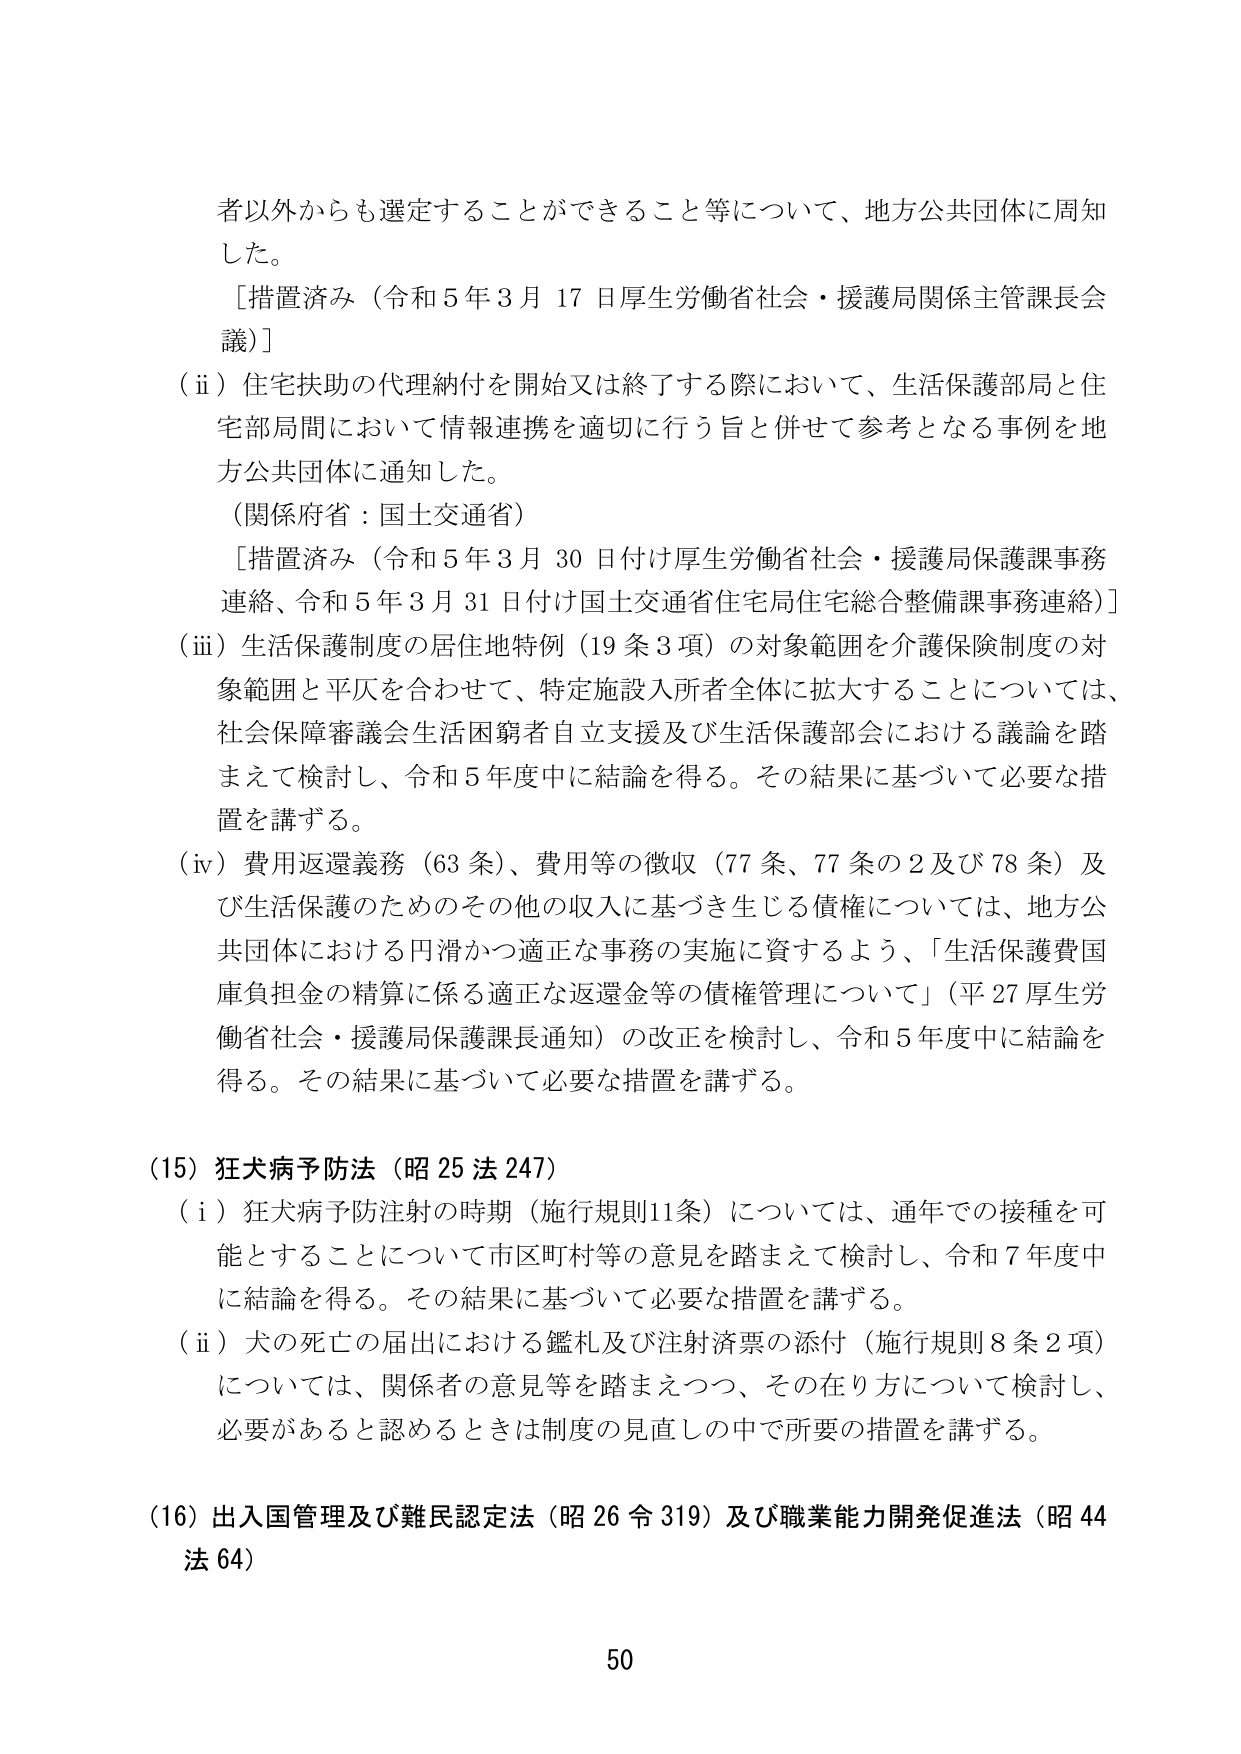
者以外からも選定することができるこ と等について、地方公共団体に周知した。

［措置済み（令和５年３月17日厚生労働省社会・援護局関係主管課長会議）］

（ⅱ）住宅扶助の代理納付を開始又は終了する際において、生活保護部局と住宅部局間において情報連携を適切に行う旨と併せて参考となる事例を地方公共団体に通知した。

（関係府省：国土交通省）

［措置済み（令和５年３月30日付け厚生労働省社会・援護局保護課事務連絡、令和５年３月31日付け国土交通省住宅局住宅総合整備課事務連絡）］

（ⅲ）生活保護制度の居住地特例（19条3項）の対象範囲を介護保険制度の対象範囲と平仄を合わせて、特定施設入所者全体に拡大することについては、社会保障審議会生活困窮者自立支援及び生活保護部会における議論を踏まえて検討し、令和５年度中に結論を得る。その結果に基づいて必要な措置を講ずる。

（ⅳ）費用返還義務（63条）、費用等の徴収（77条、77条の2及び78条）及び生活保護のためのその他の収入に基づき生じる債権については、地方公共団体における円滑かつ適正な事務の実施に資するよう、「生活保護費国庫負担金の精算に係る適正な返還金等の債権管理について」（平27厚生労働省社会・援護局保護課長通知）の改正を検討し、令和５年度中に結論を得る。その結果に基づいて必要な措置を講ずる。

（15）狂犬病予防法（昭25法247）

（ⅰ）狂犬病予防注射の時期（施行規則11条）については、通年での接種を可能とすることについて市区町村等の意見を踏まえて検討し、令和７年度中に結論を得る。その結果に基づいて必要な措置を講ずる。

（ⅱ）犬の死亡の届出における鑑札及び注射済票の添付（施行規則8条2項）については、関係者の意見等を踏まえつつ、その在り方について検討し、必要があると認めるときは制度の見直しの中で所要の措置を講ずる。

（16）出入国管理及び難民認定法（昭26令319）及び職業能力開発促進法（昭44法64）

50